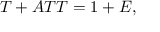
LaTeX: T + A T T = 1 + E ,